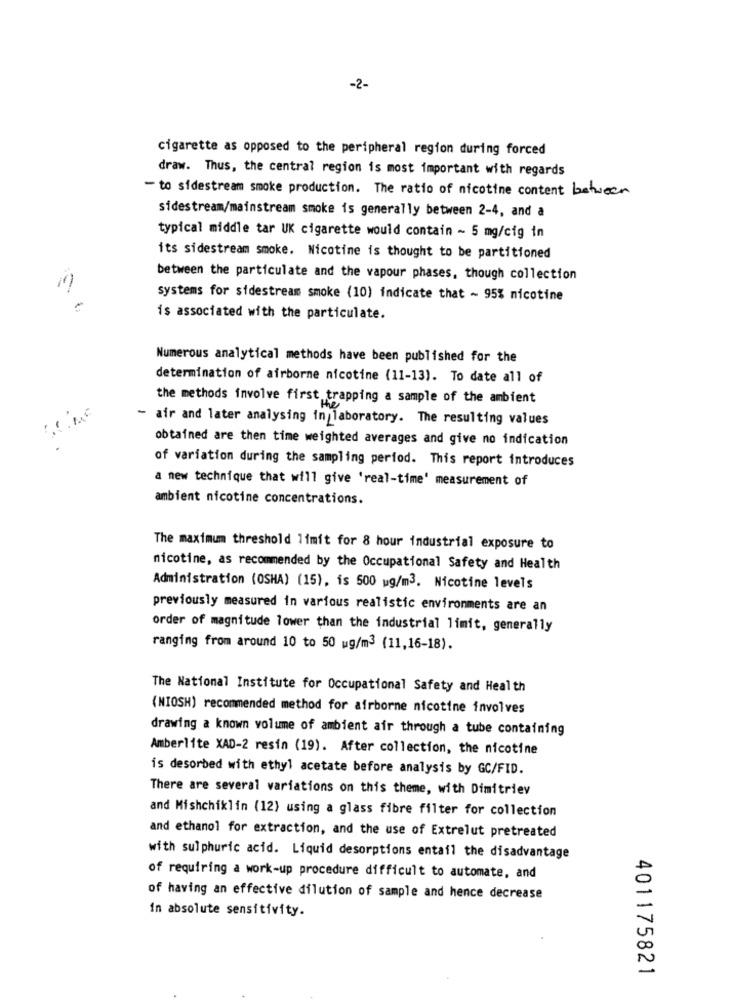
-2-
cigarette as opposed to the peripheral region during forced
draw. Thus, the central region is most important with regards
- to sidestream smoke production. The ratio of nicotine content between
sidestream/mainstream smoke is generally between 2-4, and a
typical middle tar UK cigarette would contain ~ 5 mg/cig in
its sidestream smoke. Nicotine is thought to be partitioned
between the particulate and the vapour phases, though collection
systems for sidestream smoke (10) indicate that ~ 95% nicotine
is associated with the particulate.
Numerous analytical methods have been published for the
determination of airborne nicotine (11-13). To date all of
the methods involve first trapping a sample of the ambient
- air and later analysing in laboratory. The resulting values
obtained are then time weighted averages and give no indication
of variation during the sampling period. This report introduces
a new technique that will give 'real-time' measurement of
ambient nicotine concentrations.
The maximum threshold limit for 8 hour industrial exposure to
nicotine, as recommended by the Occupational Safety and Health
Administration (OSHA) (15), is 500 wg/m3. Nicotine levels
previously measured in various realistic environments are an
order of magnitude lower than the industrial limit, generally
ranging from around 10 to 50 ug/m3 (11,16-18).
The National Institute for Occupational Safety and Health
(NIOSH) recommended method for airborne nicotine involves
drawing a known volume of ambient air through a tube containing
Amberlite XAD-2 resin (19). After collection, the nicotine
is desorbed with ethyl acetate before analysis by GC/FID.
There are several variations on this theme, with Dimitriev
and Mishchiklin (12) using a glass fibre filter for collection
and ethanol for extraction, and the use of Extrelut pretreated
with sulphuric acid. Liquid desorptions entail the disadvantage
of requiring a work-up procedure difficult to automate, and
of having an effective dilution of sample and hence decrease
in absolute sensitivity.
401175821